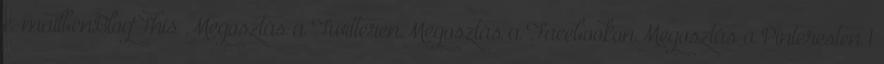
e-mailbenBlogThis Megosztás a TwitterenMegosztás a FacebookonMegosztás a Pinteresten 1